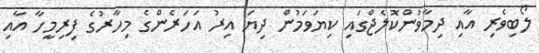
ލޯބިވެރި އާއި ދިމާވުންކޮލެޖްގައި ކިޔަވަމުން ދިޔަ އިރު އަހަރެންގެ މިހާރުގެ ފިރިމީހާ އާއި